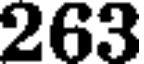
263